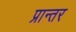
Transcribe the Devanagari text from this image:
प्रान्तर